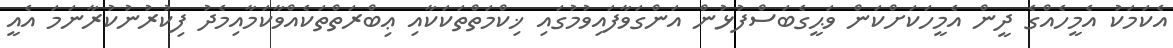
އެކަމަކު އެމީހެއްގެ ދީން އެމީހަކަށްކަން ވަޙީގެބަސްފުޅުން އަންގަވާފައިވުމުގައި ޚިކްމަތްތަކަކާއި ޢިބްރަތްތަކެއްވާކަމާއިމެދު ފިކުރުނުކުރާނަމަ އެއީ